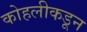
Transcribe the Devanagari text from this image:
कोहलीकडून